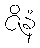
ဇိနံ